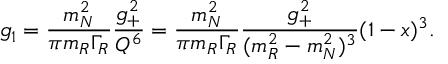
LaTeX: g _ { 1 } = { \frac { m _ { N } ^ { 2 } } { \pi m _ { R } \Gamma _ { R } } } { \frac { g _ { + } ^ { 2 } } { Q ^ { 6 } } } = { \frac { m _ { N } ^ { 2 } } { \pi m _ { R } \Gamma _ { R } } } { \frac { g _ { + } ^ { 2 } } { ( m _ { R } ^ { 2 } - m _ { N } ^ { 2 } ) ^ { 3 } } } ( 1 - x ) ^ { 3 } .